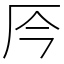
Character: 㕂